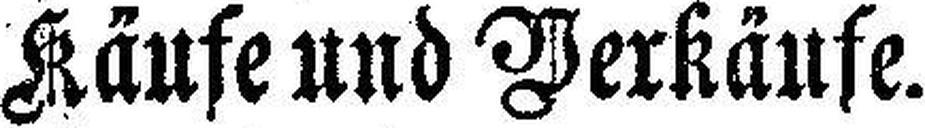
Käufe und Verkäufe.